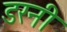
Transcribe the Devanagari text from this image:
डरनी